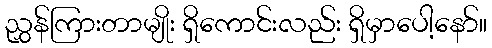
ညွှန်ကြားတာမျိုး ရှိကောင်းလည်း ရှိမှာပေါ့နော်။